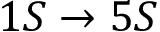
1 S \rightarrow 5 S